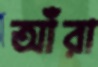
আঁরা